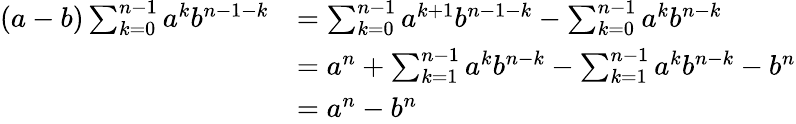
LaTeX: {\begin{array}{rl}{(a-b)\sum_{k=0}^{n-1}a^{k}b^{n-1-k}}&{=\sum_{k=0}^{n-1}a^{k+1}b^{n-1-k}-\sum_{k=0}^{n-1}a^{k}b^{n-k}}\\ &{=a^{n}+\sum_{k=1}^{n-1}a^{k}b^{n-k}-\sum_{k=1}^{n-1}a^{k}b^{n-k}-b^{n}}\\ &{=a^{n}-b^{n}}\end{array}}